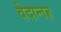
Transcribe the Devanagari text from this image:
वेदान्तज्ञ